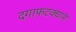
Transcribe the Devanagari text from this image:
दगाफटक्याने